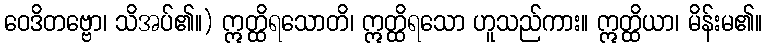
ဝေဒိတဗ္ဗော၊ သိအပ်၏။) ဣတ္ထိရသောတိ၊ ဣတ္ထိရသော ဟူသည်ကား။ ဣတ္ထိယာ၊ မိန်းမ၏။